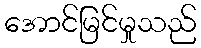
အောင်မြင်မှုသည်